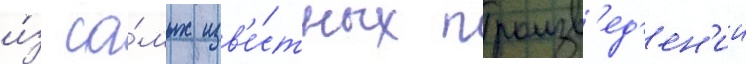
и́з са́мых изв'е́стных произв'ед'ен'ии